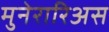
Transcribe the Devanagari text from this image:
मुनेरारिअस